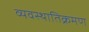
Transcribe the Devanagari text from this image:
व्यवस्थातिक्रमण